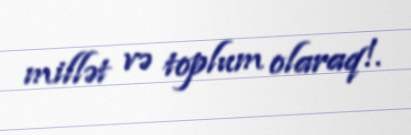
millət və toplum olaraq!.